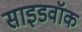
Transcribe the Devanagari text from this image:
साइडवॉक